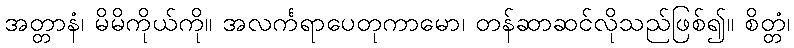
အတ္တာနံ၊ မိမိကိုယ်ကို။ အလင်္ကရာပေတုကာမော၊ တန်ဆာဆင်လိုသည်ဖြစ်၍။ စိတ္တံ၊